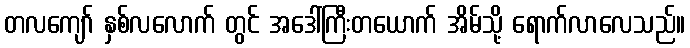
တလကျော် နှစ်လလောက် တွင် အဒေါ်ကြီးတယောက် အိမ်သို့ ရောက်လာလေသည်။